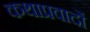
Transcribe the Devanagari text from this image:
कथाप्रवादों